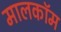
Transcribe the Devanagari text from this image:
मालकॉम